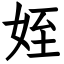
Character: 姪